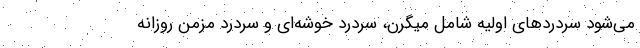
می‌شود سردردهای اولیه شامل میگرن، سردرد خوشه‌ای و سردرد مزمن روزانه